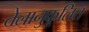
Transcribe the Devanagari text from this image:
तेलानुकूलित